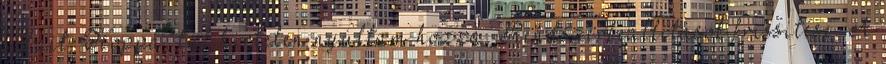
lábait. Hoppá, túl hirtelen nyúltam hozzá. Rendszerbeállítások frissítése. A